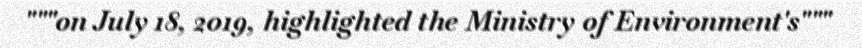
"""on July 18, 2019, highlighted the Ministry of Environment's"""